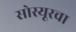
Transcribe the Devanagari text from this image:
सोस्यूरचा